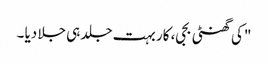
"کی گھنٹی بجی، کار بہت جلد ہی جلا دیا ۔